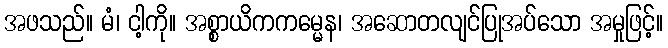
အဖသည်။ မံ၊ ငါ့ကို။ အစ္စာယိကကမ္မေန၊ အဆောတလျင်ပြုအပ်သော အမှုဖြင့်။